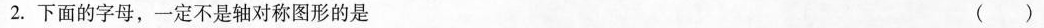
2.下面的字母，一定不是轴对称图形的是（）